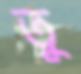
তু